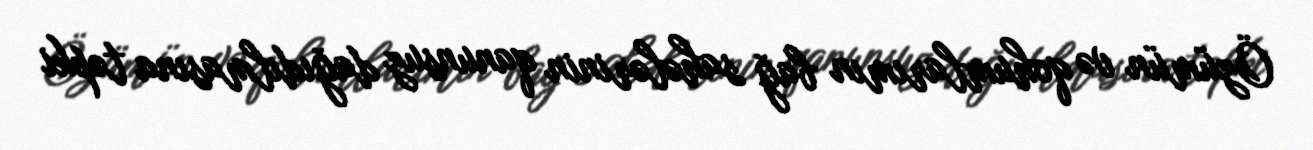
Özümün və qohumlarımın bağ sahələrinin qanunsuz dağıdılmasına təpki